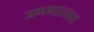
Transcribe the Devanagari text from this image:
जगभारतात